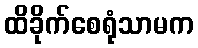
ထိခိုက်စေရုံသာမက